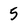
Character: 5